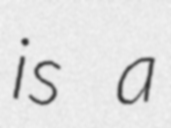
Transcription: is a